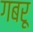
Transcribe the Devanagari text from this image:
गबरू